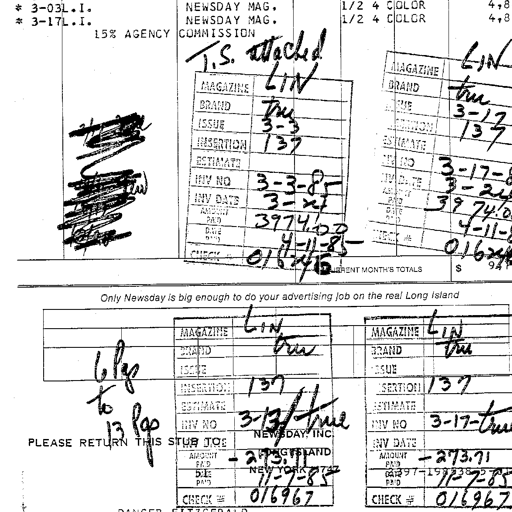
* 3-03L.I. NEWSDAY MAG. 1/2 4 COLOR 4,8
* 3-17L.I. NEWSDAY MAG. 1/2 4 COLOR 4,8
15% AGENCY COMMISSION
T.S. attached LIN
LIN
MAGAZINE LIN MAGAZINE tru
BRAND tru BRAND 3-17
ISSUE 3-3 ISSUE 137
INSERTION 137 INSERTION
ESTIMATE ESTIMATE
INV NO 3-3-85 INV NO 3-17-8
INV DATE 3-24 INV DATE 3-24
AMOUNT PAID 3974.00 AMOUNT PAID 3974.0
DATE PAID 4-11-85 DATE PAID 4-11-8
CHECK # 016467 CHECK # 01646
CURRENT MONTH'S TOTALS $ 94
Only Newsday is big enough to do your advertising job on the real Long Island
LIN LIN
MAGAZINE MAGAZINE
6 pgs BRAND tru BRAND tru
to ISSUE ISSUE
13 pgs INSERTION 137 INSERTION 137
ESTIMATE ESTIMATE
INV NO 3-13/tru INV NO 3-17-tru
PLEASE RETURN THIS STUB TO: NEWSDAY, INC.
INV DATE LONG ISLAND INV DATE
AMOUNT PAID 273.71 NEW YORK 11747 AMOUNT PAID 273.71
DATE PAID 11-7-85 DATE PAID 11-7-85
CHECK # 016967 CHECK # 016967